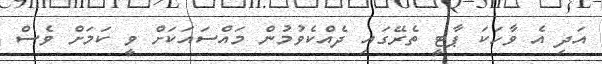
އަދި އެ ވާހަކަ ޕާޓީ ތެރޭގައި ދެއްކެވުމުން މައްސައަކަށް ވީ ކަމަށް ވެސް